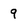
Character: 9